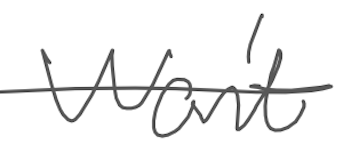
Text: won't
Cross-out: single-line
Writing tool: digital_gray